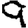
Digit: 9